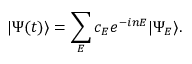
| \Psi ( t ) \rangle = \sum _ { E } c _ { E } e ^ { - i n E } | \Psi _ { E } \rangle .